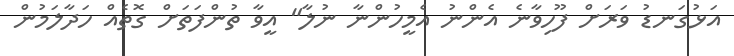
އަޅުގަނޑު ވަރަށް ފޫހިވާނެ އެންނު އެމީހުންނާ ނުލާ" އީވާ ތުންފަތަށް ގޮތެއް ހަދާލަމުން